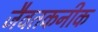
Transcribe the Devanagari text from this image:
जैवतकनीक